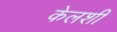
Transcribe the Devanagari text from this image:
केलशी